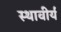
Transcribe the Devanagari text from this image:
स्थावीर्य